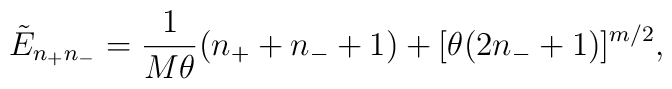
\tilde{E}_{n_+n_-}=\frac{1}{M\theta} (n_++n_-+1) +  [\theta (2n_- +1)]^{m/2},